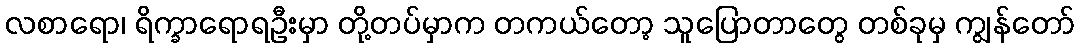
လစာရော၊ ရိက္ခာရောရဦးမှာ တို့တပ်မှာက တကယ်တော့ သူပြောတာတွေ တစ်ခုမှ ကျွန်တော်